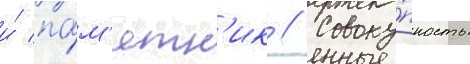
и́ па́м'ятн'ик // Совоку́пность